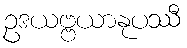
ဥဒယဗ္ဗယာနုပဿီ